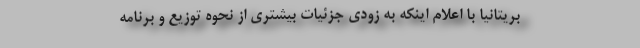
بریتانیا با اعلام اینکه به زودی جزئیات بیشتری از نحوه توزیع و برنامه